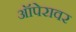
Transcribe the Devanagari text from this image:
ऑपेरावर